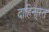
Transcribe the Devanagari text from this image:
दाहिना्रत